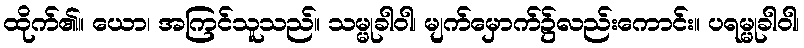
ထိုက်၏။ ယော၊ အကြင်သူသည်။ သမ္မုခါဝါ၊ မျက်မှောက်၌လည်းကောင်း။ ပရမ္မုခါဝါ၊